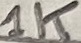
Text: 1K